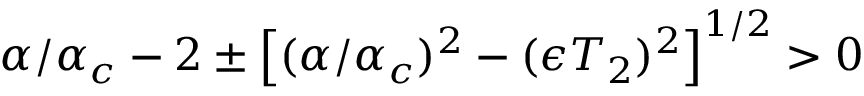
\begin{array} { r } { \alpha / \alpha _ { c } - 2 \pm \left[ ( \alpha / \alpha _ { c } ) ^ { 2 } - ( \epsilon T _ { 2 } ) ^ { 2 } \right] ^ { 1 / 2 } > 0 } \end{array}